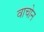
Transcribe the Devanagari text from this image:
वाचोन